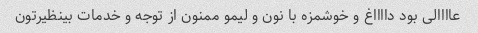
عاااالی بود دااااغ و خوشمزه با نون و لیمو ممنون از توجه و خدمات بینظیرتون